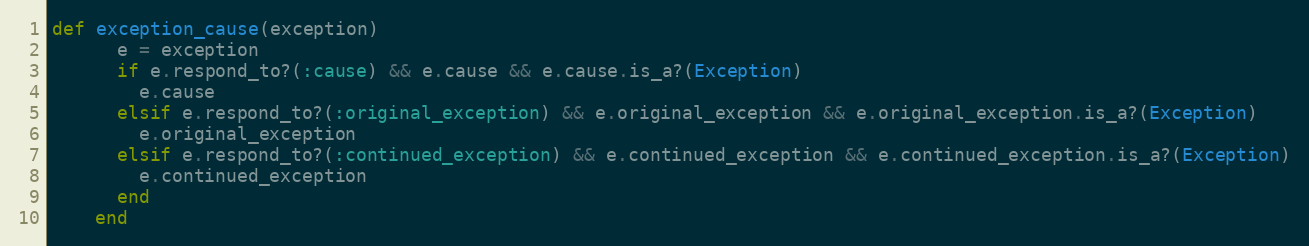
Language: Ruby
def exception_cause(exception)
      e = exception
      if e.respond_to?(:cause) && e.cause && e.cause.is_a?(Exception)
        e.cause
      elsif e.respond_to?(:original_exception) && e.original_exception && e.original_exception.is_a?(Exception)
        e.original_exception
      elsif e.respond_to?(:continued_exception) && e.continued_exception && e.continued_exception.is_a?(Exception)
        e.continued_exception
      end
    end